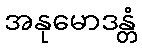
အနုမောဒန္တံ